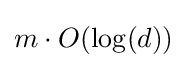
m\cdot O(\log(d))